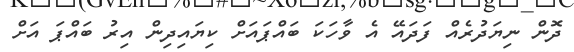
ދޮން ނިޔަދުރެއް ފަދައޭ އެ ވާހަަކަ ބައްޕައަށް ކިޔައިދިން އިރު ބައްޕަ އަށް